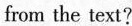
from the text?